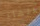
الهاء